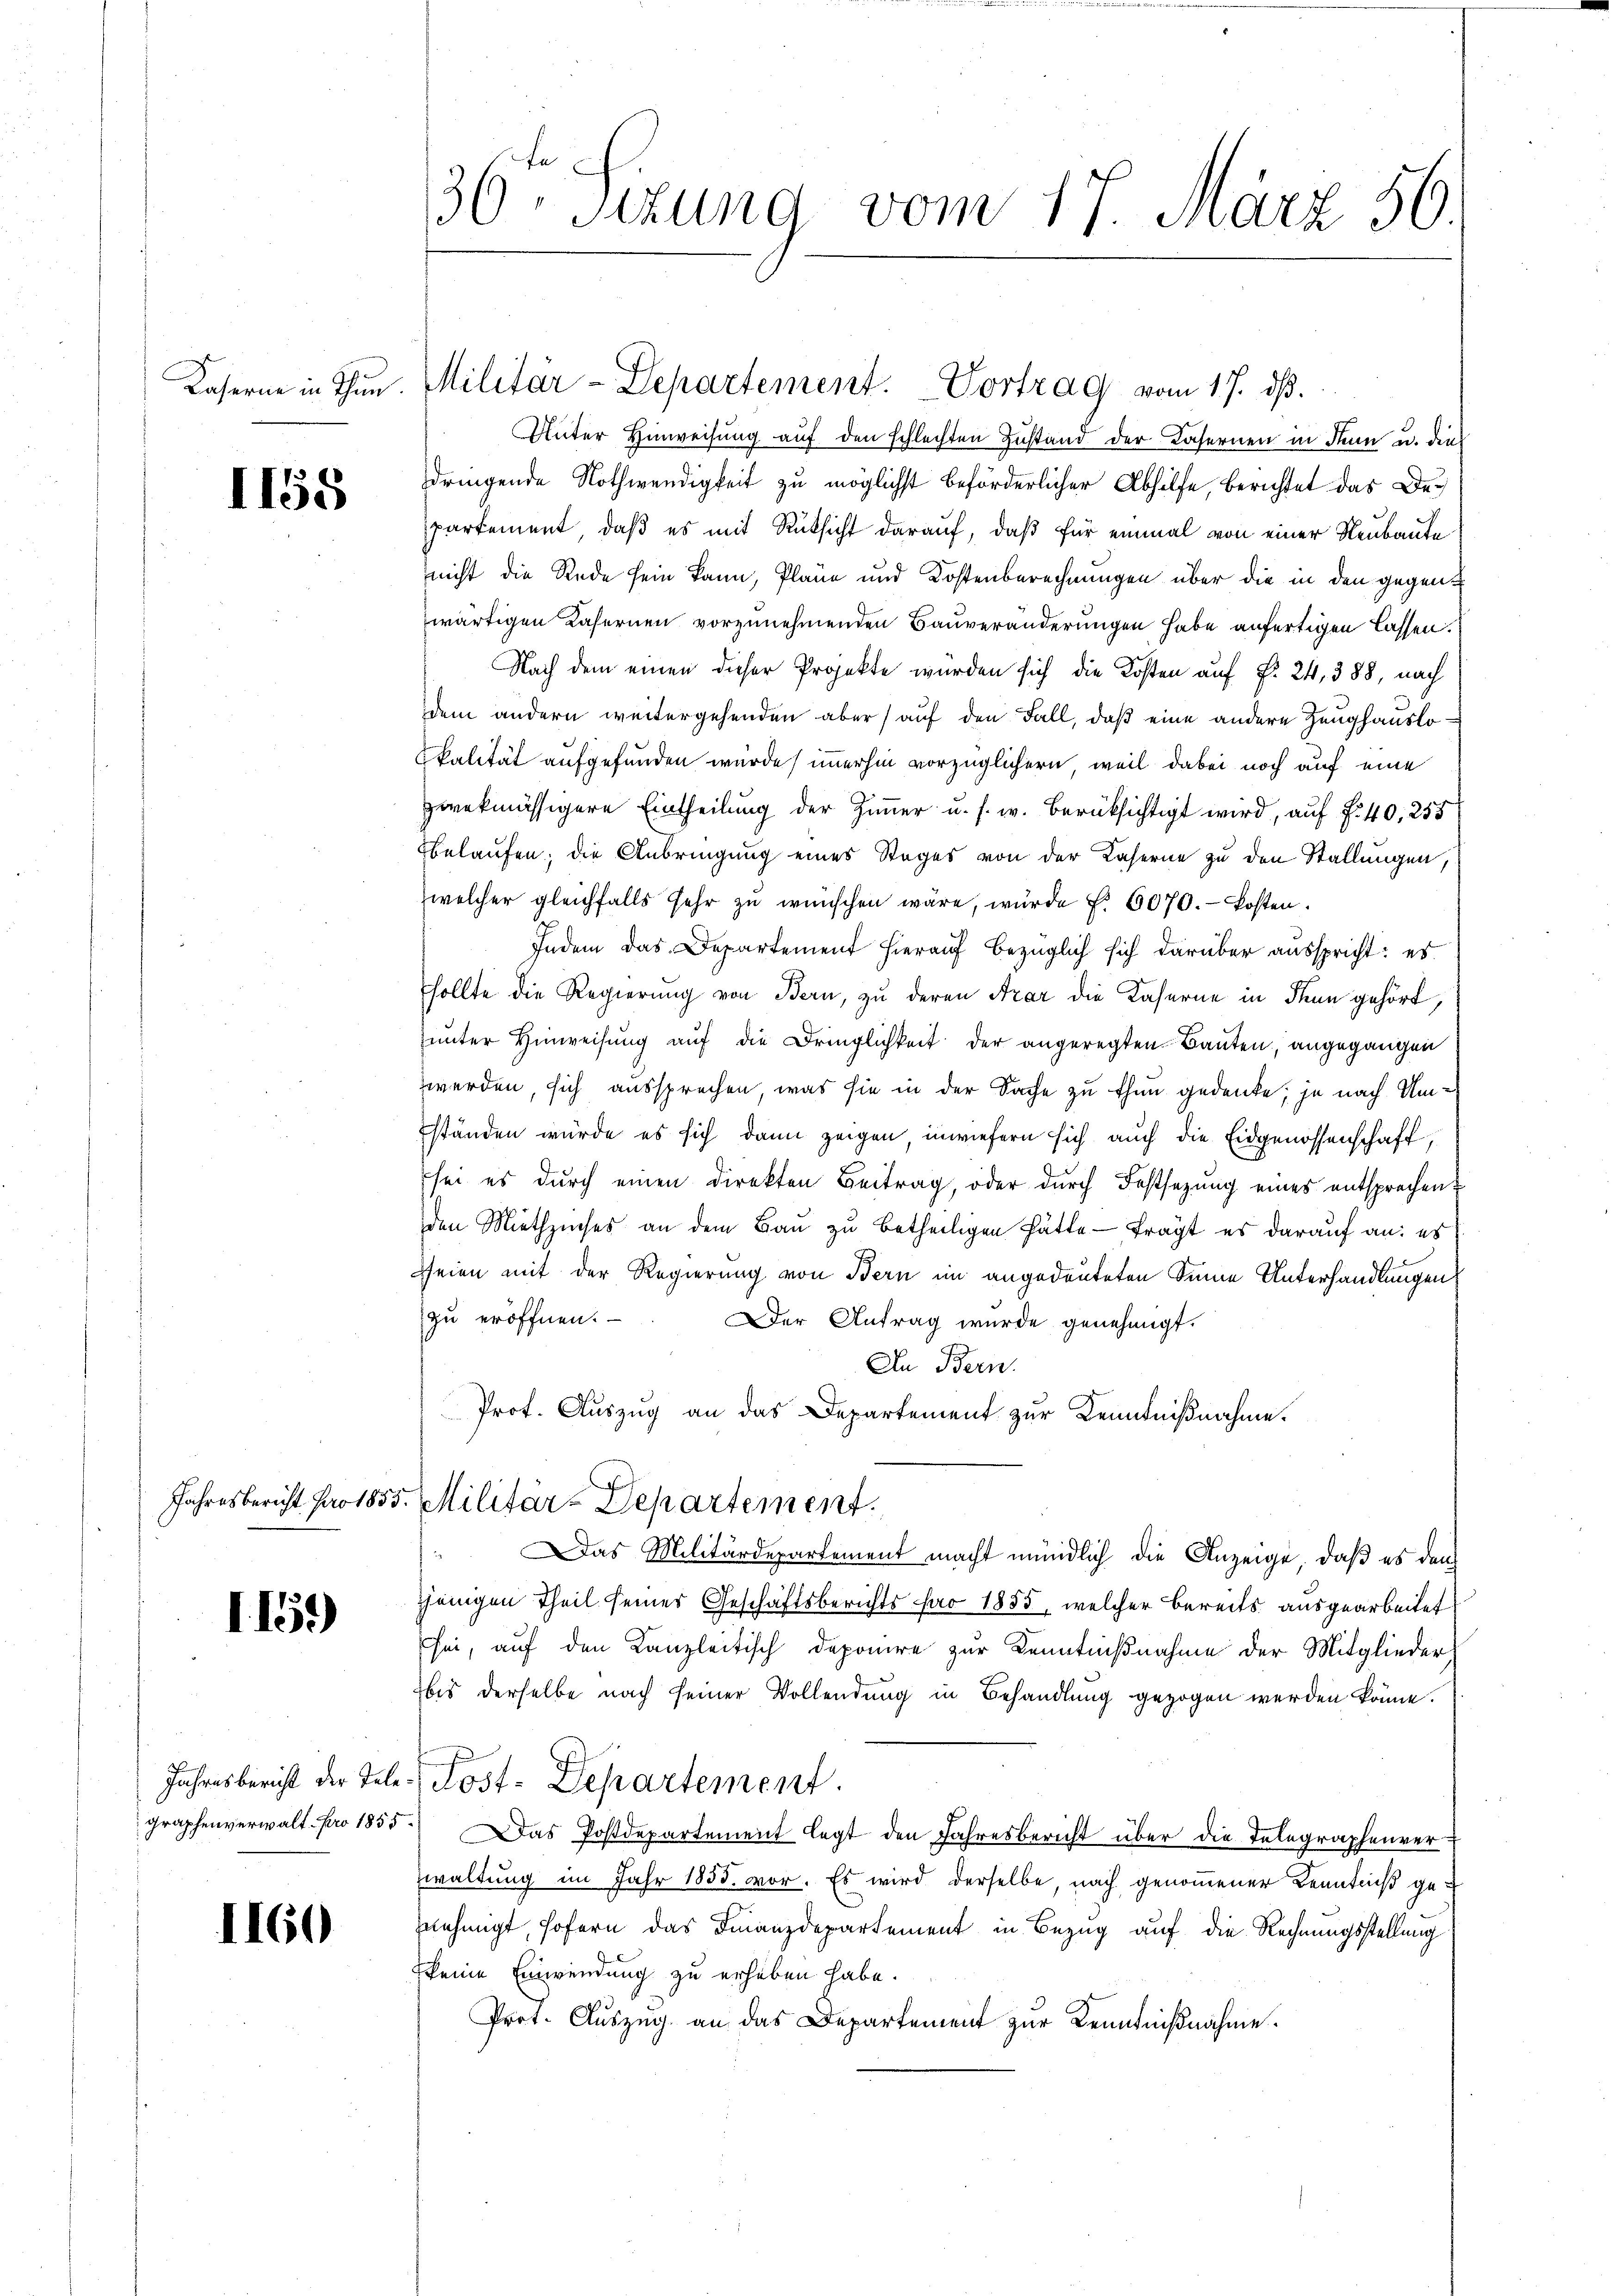
1158

1.15.)

Jahresbericht der Tele
graphenverwalt pro 1855

1160

36 Sizung vom 17. März 56.

Kaserne in Thun. Militär-Departement. Vortrag vom 17. ds.

Unter Hinweisung auf den schlechten Zustand der Tafernen in denn u. dies
dringende Nothwendigkeit zu möglichst beförderlicher Abhilfe, berichtet das Departement, daß es mit Rüksicht darauf, daß für einmal von einer Neubaute
nicht die Rede sein kann, Pläne und Kostenberechnungen über die in den gegenwärtigen Kasernen vorzunehmenden Bauveränderungen habe anfertigen lassen.
Nach dem einen dieser Projekte wurden sich die Kosten auf §. 24, 388, nach
dem andern weitergehenden aber auf den Fall, daß eine andere Zeughauslokalität aufgefunden wurde immerhin vorzüglichern, weil dabei noch auf eine
zwekmässigere Eintheilung der Zimmer u. s. w. berücksichtigt wird, auf f. 40, 255
belaufen; die Anbringung eines Stages von der Kaserne zu den Stallungen,
welcher gleichfalls sehr zŭ wünschen wäre, würde f. 6070. Kosten.
Indem das Departement hierauf bezüglich sich darüber ausspricht: es
sollte die Regierung von Bern, zu deren Arar die Kaserne in Thun gehört,
unter Hinweisung auf die Dringlichkeit der angeregten Bauten, angegangen
werden, sich aussprechen, was sie in der Sache zu thun gedenke, je nach Umständen würde es sich dann zeigen, inwiefern sich auch die Eidgenossenschaft,
sei es durch einen direkten Beitrag, oder durch Festsezung eines entsprechen?
den Miethzinses an dem Baŭ zŭ betheiligen hätte frägt es darauf an: es
seien mit der Regierung von Bern im angedeuteten Sinne Unterhandlungen
zu eröffnen.
Der Antrag wurde genehmigt.
An Bern.
Prof. Auszug an das Departement zur Kenntnißnahme.
Jahresbericht pro 1855. Militar-Departement.
 Das Militärdepartement macht mündlich die Anzeige, daß es den
jenigen Theil seiner Geschäftsberichts pro 1855, welcher bereits ausgearbeitet
sei, auf den Kanzleitisch deponire zur Kenntnißnahme der Mitglieder
bis derselbe nach seiner Vollendung in Behandlung gezogen werden könne.
Post-Departement.
) Das Postdepartement legt den Jahresbericht über die Telegraphenver
waltung im Jahr 1855. vor. Es wird derselbe, nach genommener Kenntniß gesnehmigt, sofern das Finanzdepartement in Bezug auf die Rechnungsstellung
keine Einwendung zu erheben habe.
Prot. Auszug an das Departement zur Kenntnißnahme.